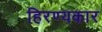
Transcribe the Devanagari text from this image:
हिरण्यकार